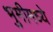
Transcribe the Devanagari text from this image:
भुमीमध्ये